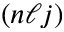
( n \ell j )